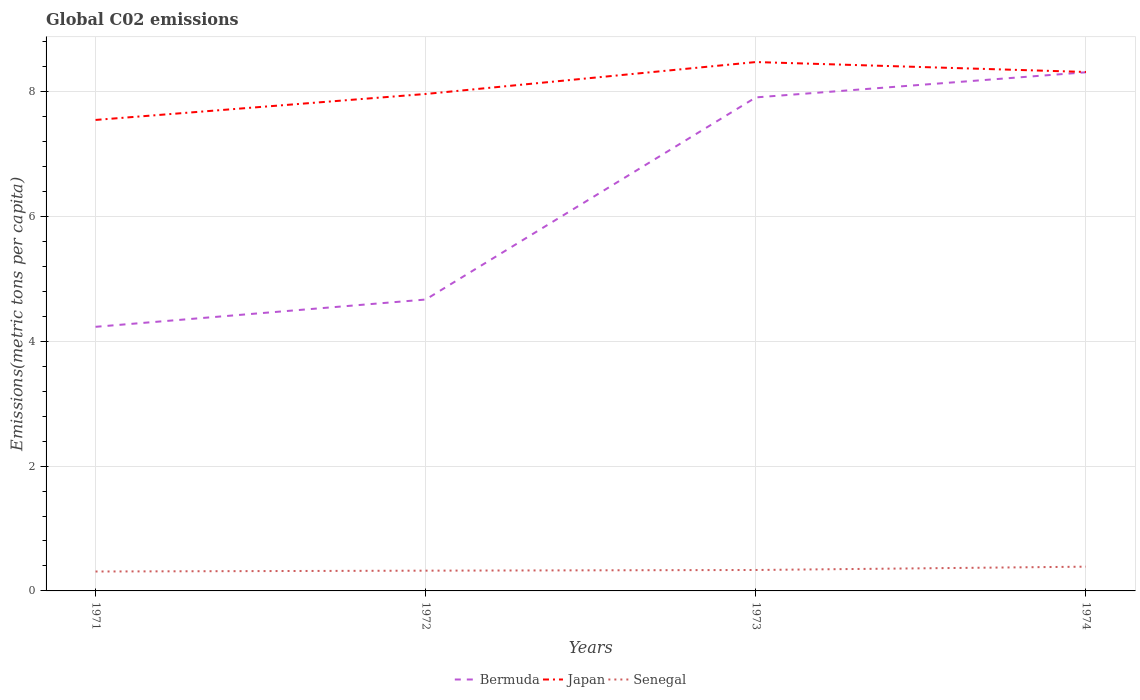
| Years | Bermuda | Japan | Senegal |
 | --- | --- | --- | --- |
 | 1971 | 4.23 | 7.55 | 0.311 |
 | 1972 | 4.67 | 7.96 | 0.325 |
 | 1973 | 7.91 | 8.47 | 0.335 |
 | 1974 | 8.31 | 8.31 | 0.389 |